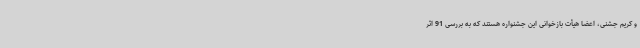
و کریم جشنی، اعضا هیأت بازخوانی این جشنواره هستند که به بررسی 91 اثر